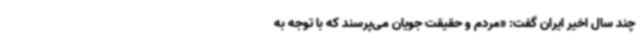
چند سال اخیر ایران گفت: «مردم و حقیقت جویان می‌پرسند که با توجه به